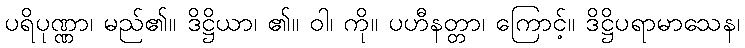
ပရိပုဏ္ဏာ၊ မည်၏။ ဒိဋ္ဌိယာ၊ ၏။ ဝါ၊ ကို။ ပဟီနတ္တာ၊ ကြောင့်။ ဒိဋ္ဌိပရာမာသေန၊